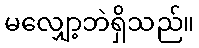
မလျှော့ဘဲရှိသည်။